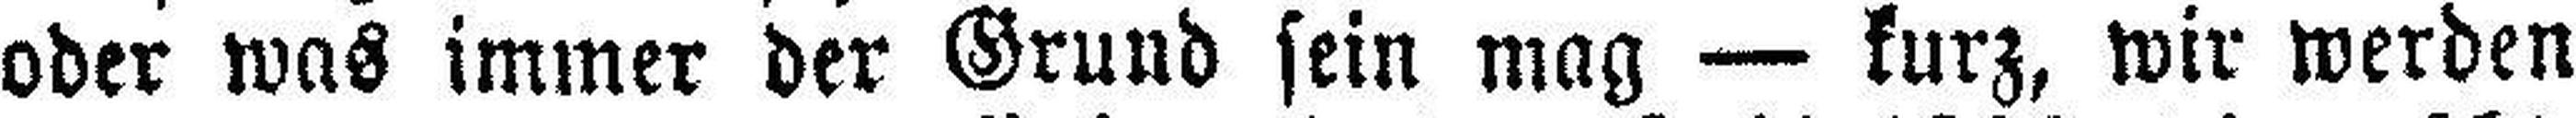
oder was immer der Grund sein mag — kurz, wir werden